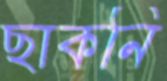
ছাকনি